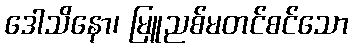
ဒေါသိနော၊ မြူညစ်မတင်စင်သော